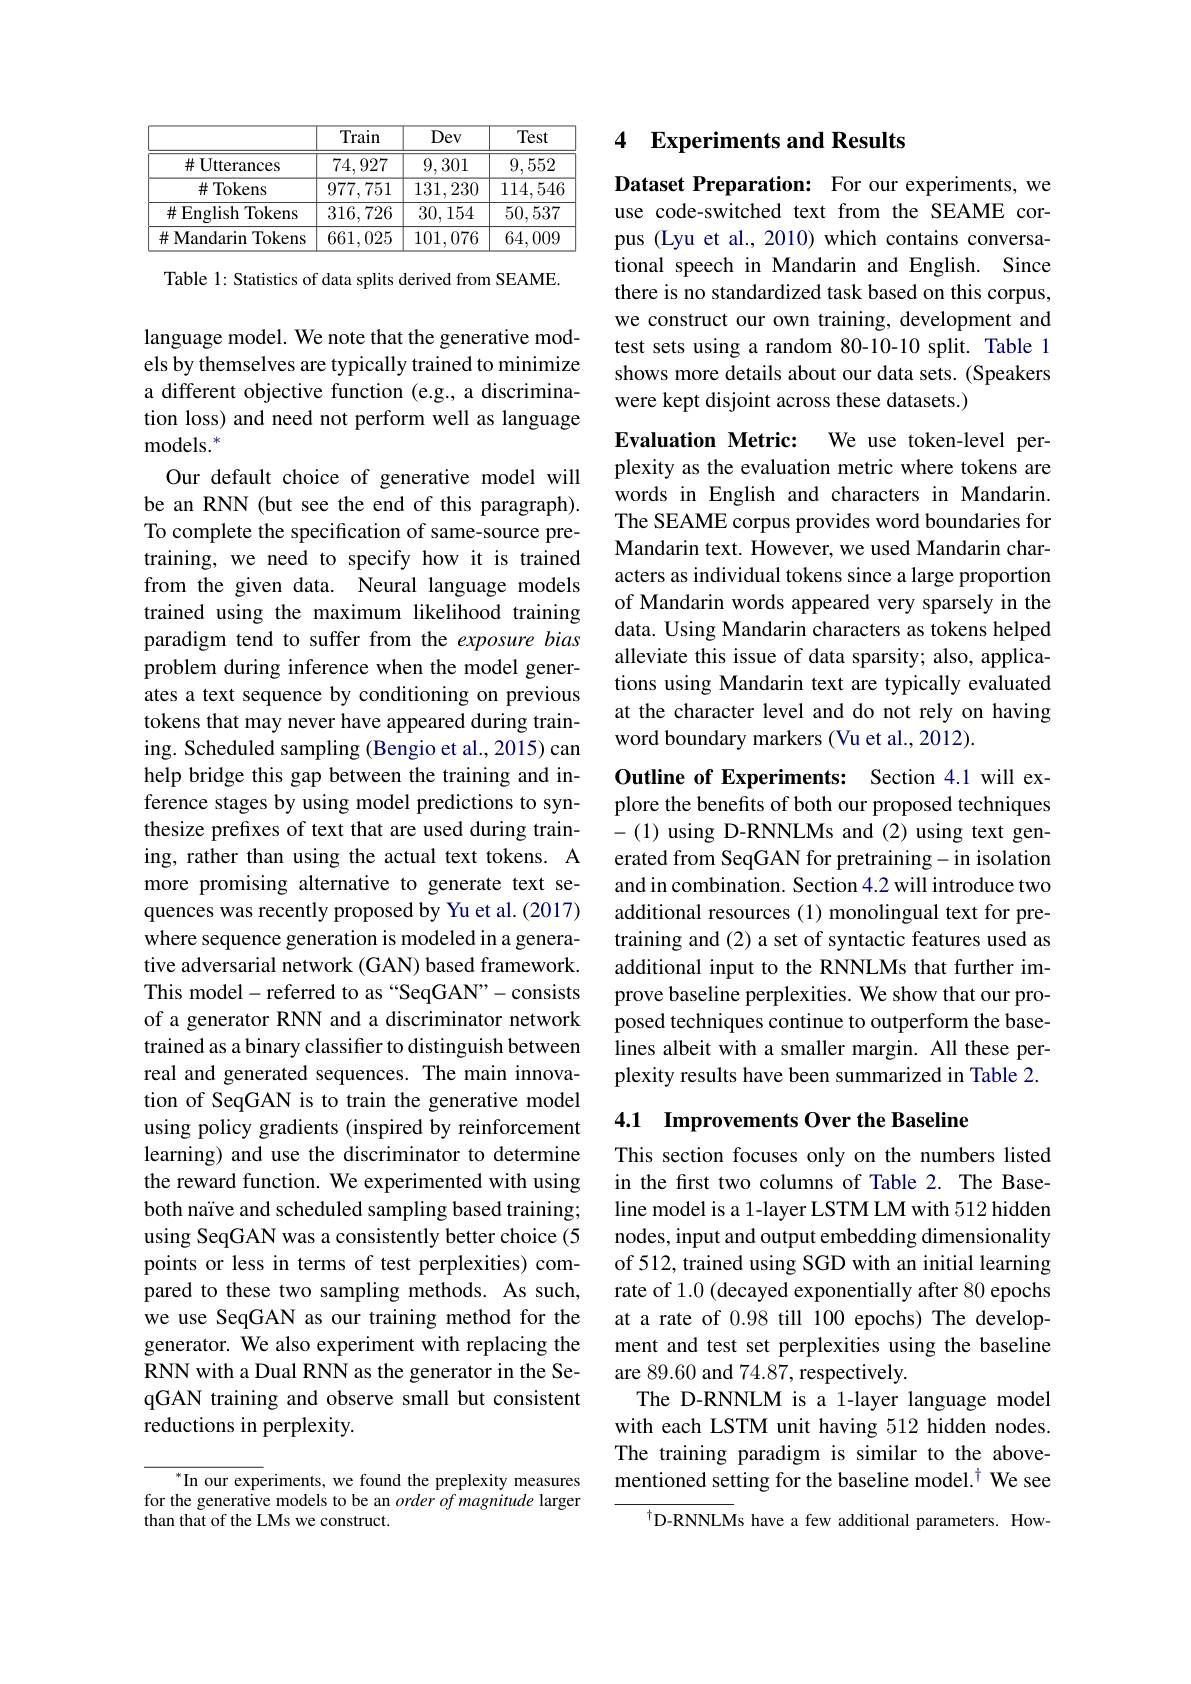
<table>
	<tbody>
		<tr>
			<th> </th>
			<th>Train</th>
			<th>Dev</th>
			<th>Test</th>
		</tr>
		<tr>
			<td>$\#$Utterances</td>
			<td>74,927</td>
			<td>9,301</td>
			<td>9,552</td>
		</tr>
		<tr>
			<td>$\#$Tokens</td>
			<td>977,751</td>
			<td>131,230</td>
			<td>114,546</td>
		</tr>
		<tr>
			<td>$\#$English Tokens</td>
			<td>316,726</td>
			<td>30,154</td>
			<td>50,537</td>
		</tr>
		<tr>
			<td>$\#$ Mandarin Tokens</td>
			<td>661,025</td>
			<td>101,076</td>
			<td>64,009</td>
		</tr>
	</tbody>
</table>

Table 1: Statistics of data splits derived from SEAME.

language model. We note that the generative models by themselves are typically trained to minimize a different objective function (e.g., a discrimination loss) and need not perform well as language models.$^*$
Our default choice of generative model will be an RNN (but see the end of this paragraph). To complete the specification of same-source pretraining, we need to specify how it is trained from the given data. Neural language models trained using the maximum likelihood training paradigm tend to suffer from the exposure bias problem during inference when the model generates a text sequence by conditioning on previous tokens that may never have appeared during training. Scheduled sampling (Bengio et al., 2015) can help bridge this gap between the training and inference stages by using model predictions to synthesize prefixes of text that are used during training, rather than using the actual text tokens. A more promising alternative to generate text sequences was recently proposed by Yu et al.(2017) where sequence generation is modeled in a generative adversarial network (GAN) based framework. This model-referred to as“SeqGAN”-consists of a generator RNN and a discriminator network trained as a binary classifier to distinguish between real and generated sequences. The main innovation of SeqGAN is to train the generative model using policy gradients (inspired by reinforcement learning) and use the discriminator to determine the reward function. We experimented with using both naïve and scheduled sampling based training; using SeqGAN was a consistently better choice (5 points or less in terms of test perplexities) compared to these two sampling methods. As such, we use SeqGAN as our training method for the generator. We also experiment with replacing the RNN with a Dual RNN as the generator in the SeqGAN training and observe small but consistent reductions in perplexity.

$^*$In our experiments, we found the preplexity measures for the generative models to be an $order\textit{of magnitude larger}$ than that of the LMs we construct.

### 4 Experiments and Results

Dataset Preparation: For our experiments, we use code-switched text from the SEAME corpus (Lyu et al., 2010) which contains conversational speech in Mandarin and English. Since there is no standardized task based on this corpus, we construct our own training, development and test sets using a random 80-10-10 split. Table 1 shows more details about our data sets. (Speakers were kept disjoint across these datasets.)

Evaluation Metric: We use token-level perplexity as the evaluation metric where tokens are words in English and characters in Mandarin. The SEAME corpus provides word boundaries for Mandarin text. However, we used Mandarin characters as individual tokens since a large proportion of Mandarin words appeared very sparsely in the data. Using Mandarin characters as tokens helped alleviate this issue of data sparsity; also, applications using Mandarin text are typically evaluated at the character level and do not rely on having word boundary markers (Vu et al., 2012).

Outline of Experiments: Section 4.1 will explore the benefits of both our proposed techniques -(1) using D-RNNLMs and (2) using text generated from SeqGAN for pretraining- in isolation and in combination. Section 4.2 will introduce two additional resources (1) monolingual text for pretraining and (2) a set of syntactic features used as additional input to the RNNLMs that further improve baseline perplexities. We show that our proposed techniques continue to outperform the baselines albeit with a smaller margin. All these perplexity results have been summarized in Table 2.

4.1 Improvements Over the Baseline

This section focuses only on the numbers listed in the frst two columns of Table 2. The Baseline model is a 1-layer LSTM LM with 512 hidden nodes, input and output embedding dimensionality of 512, trained using SGD with an initial learning rate of 1.0 (decayed exponentially after 80 epochs at a rate of 0.98 till 100 epochs) The development and test set perplexities using the baseline are 89.60 and 74.87, respectively.
The D-RNNLM is a 1-layer language model with each LSTM unit having 512 hidden nodes. The training paradigm is similar to the abovementioned setting for the baseline model.$^{\dagger}$ We see

$^{\dagger}$D-RNNLMs have a few additional parameters. How-